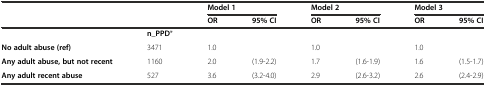
|  |  | <COLSPAN=2> Model 1 | <COLSPAN=2> Model 2 | <COLSPAN=2> Model 3 |
 |  |  | OR | 95% CI | OR | 95% CI | OR | 95% CI |
 | --- | --- | --- | --- | --- | --- | --- | --- |
 |  | n_PPD* |  |  |  |  |  |  |
 | No adult abuse (ref) | 3471 | 1.0 |  | 1.0 |  | 1.0 |  |
 | Any adult abuse, but not recent | 1160 | 2.0 | (1.9-2.2) | 1.7 | (1.6-1.9) | 1.6 | (1.5-1.7) |
 | Any adult recent abuse | 527 | 3.6 | (3.2-4.0) | 2.9 | (2.6-3.2) | 2.6 | (2.4-2.9) |